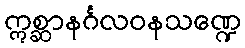
ဣစ္ဆာနင်္ဂလဝနသဏ္ဍေ